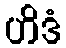
ဟိဒံ